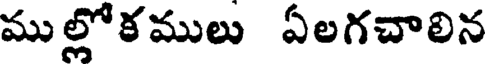
ముల్లోకములు ఏలగచాలిన